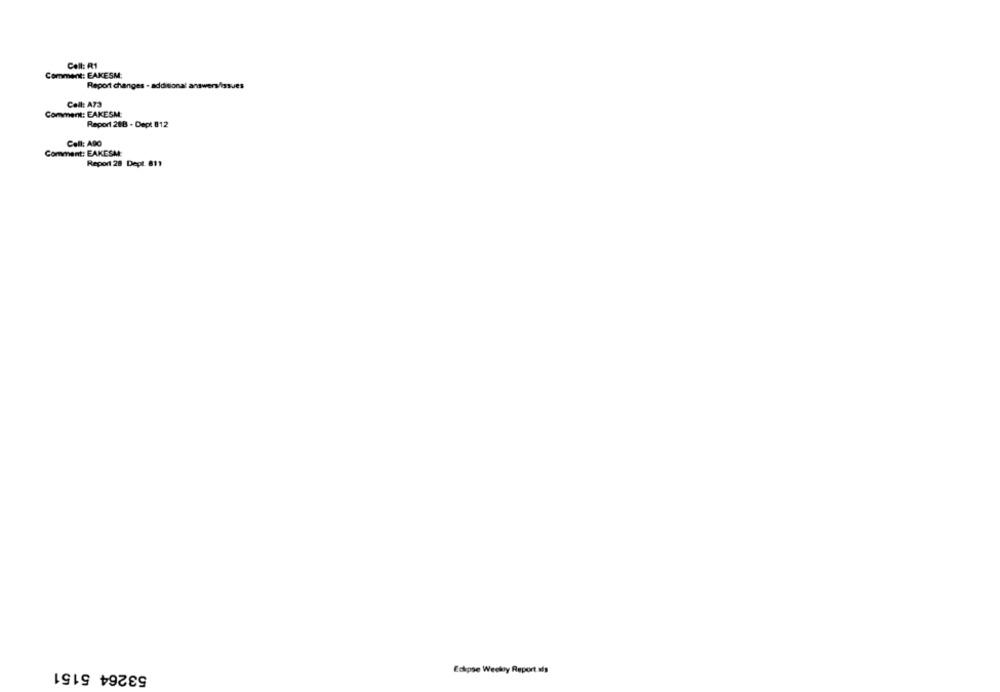
Cell: R1
Comment: EAKESM:
Report changes - additional ans
Cell: A73
Comment: EAKESM:
Report 288 - Dept 812
Call: A90
Comment: EAKESM:
Report 28 Dept. 811
53264 5151
Eclipse Weekly Report als